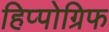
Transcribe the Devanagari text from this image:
हिप्पोग्रिफ